talulepingud_et, lk 8
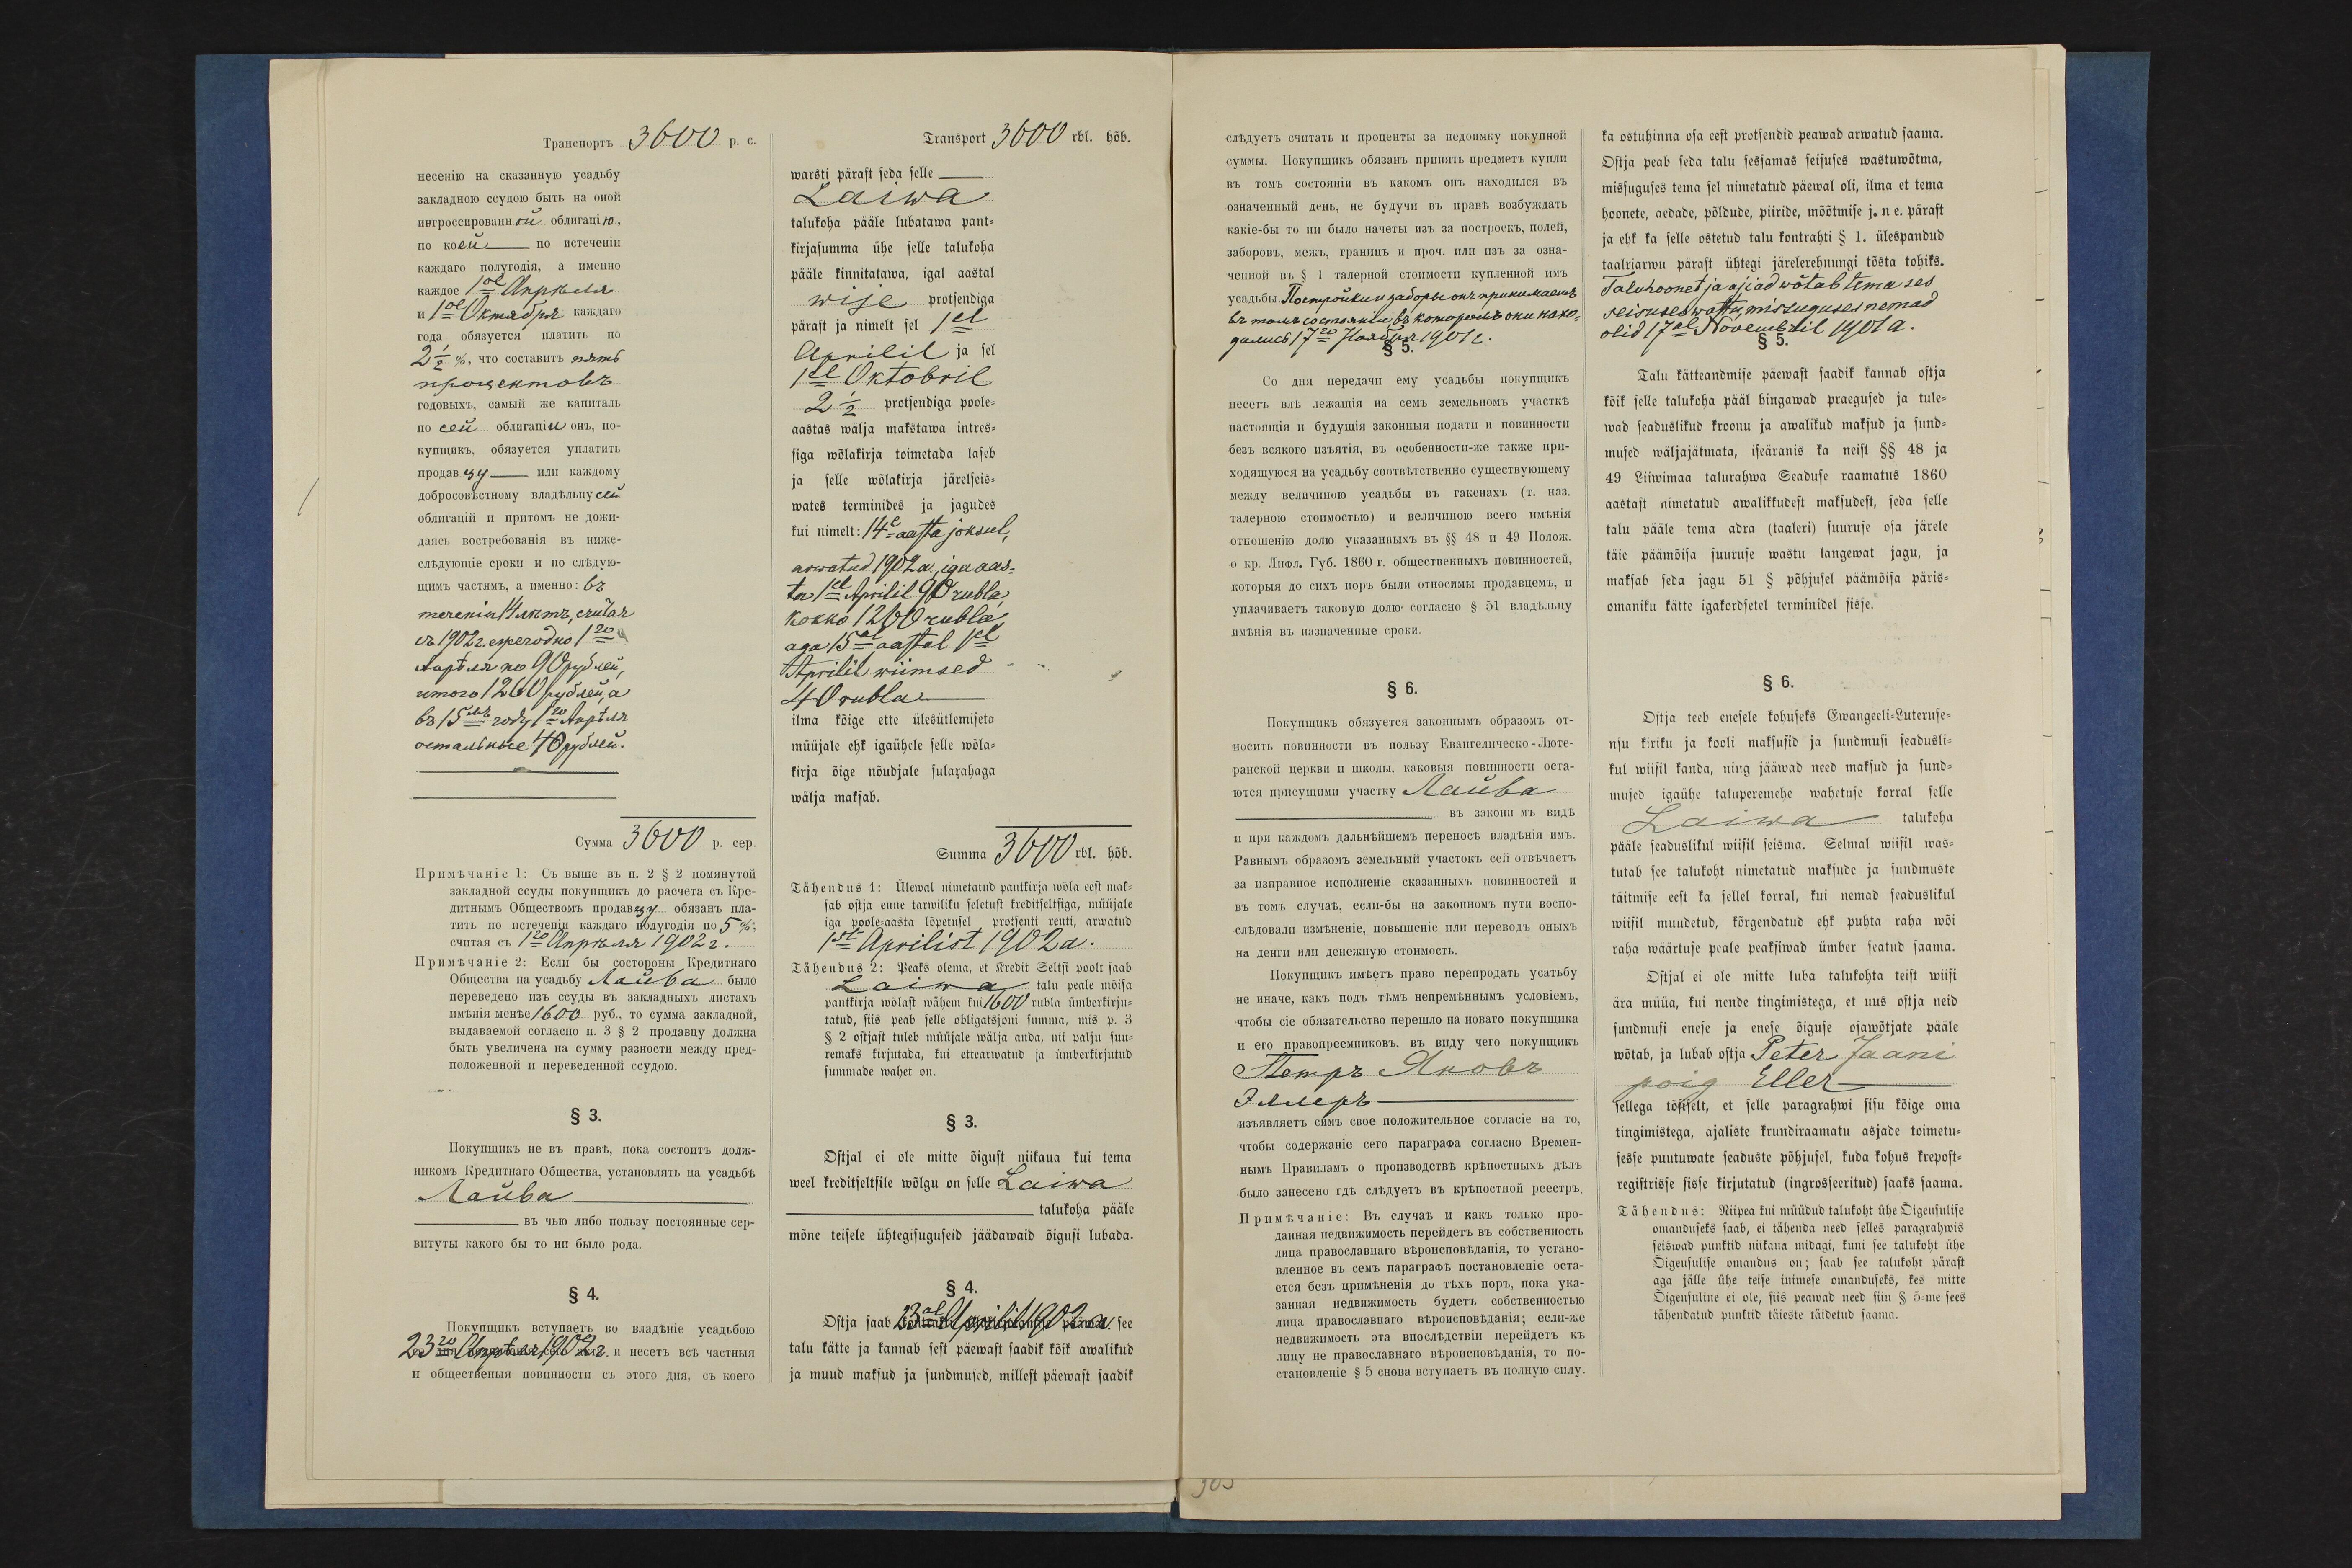
Transport 3600 rbl. hõb.
warsti pärast seda selle
Laiwa
talukoha pääle lubatawa pant-
kirjasumma ühe selle talukoha
pääle kinnitawad, igal aastal
wije protsendiga
pärast ja nimelt sel 1el
Aprilil ja sel
1el Oktobril
2½ protsendiga poole-
aastas wälja makstawa intres-
siga wõlakirja toimetada laseb
ja selle wõlakirja järelseis-
wates terminides ja jagudes
kui nimelt 14e aasta joksul,
arwata 1902 a., iga aas-
ta 1el Aprilil 90 rubla,
kokko1260 rubla
aga 15al aastal 1el
Aprilil wiimased
40 rubla
ilma kõige ette ülesütlemiseta
müüjale ehk igaühele selle wõla-
kirja õige nõudjale sularahaga
wälja maksab.
Summa 3600 rbl. hõb.
Tähendus 1: Ülewal nimetatud pantkirja wõla eest mak-
sab ostja enne tarwiliku seletust kreditseltsiga, müüjale
iga poole-aasta lõpetusel protsenti renti, arwatud
1st Aprilist 1902a.
Tähendus 2: Peaks olema, et Kredit Seltsi poolt saab
Laiwa talu peale mõisa
pantkirja wõlast wähem kui 1600 rubla ümberkirju-
tatud, siis peab selle obligatsjoni summa, mis p. 3
§ 2 ostjast tuleb müüjale wälja anda, nii palju suu-
remaks kirjutada, kui ettearwatud ja ümberkirjutud
summade wahet on.
§ 3.
Ostjal ei ole mitte õigust niikaua kui tema
weel kreditseltsile wõlgu on selle Laiwa
talukoha pääle
mõne teisele ühtegisuguseid jäädawaid õigusi lubada.
§ 4.
Ostja saab 23al Aprilil 1902 a. see
talu kätte ja kannab sest päewast saadik kõik awalikud
ja muud maksud ja sundmused, millest päewast saadik

ka ostuhinna osa eest protsendid peawad arwatud saama.
Ostja peab seda talu sessamas seisuses wastuwõtma,
missuguses tema sel nimetatud päewal oli, ilma et tema
hoonete, aedade, põldude, piiride, mõõtmise j.n.e pärast
ja ehk ka selle ostetud talu kontrahti § 1. ülespandud
taalriarwu pärast ühtegi järelerehnungi tõsta tohiks.
Taluhoonet ja ajiad wõtab tema ses
seisuses wastu, missuguses nemad
olid 17al Novembril 1901 a.
§ 5.
Talu kätteandmise päewast saadik kannab ostja
kõik selle talukoha pääl hingawad praegused ja tule-
wad seaduslikud kroonu ja awalikud maksud ja sund-
mused wäljajätmata, iseäranis ka neist §§ 48 ja
49 Liiwimaa talurahwa Seaduse raamatus 1860
aastast nimetatud awalikkudest maksudest, seda selle
talu pääle tema adra (taaleri) suuruse osa järele
täie päämõisa suuruse wastu langewat jagu, ja
maksab seda jagu 51 § põhjusel päämõisa päris-
omaniku kätte igakordsetel terminidel sisse.
§ 6.
Ostja teeb enesele kohuseks Ewangeeli-Luteruse-
usu kiriku ja kooli maksusid ja sundmisi seadusli-
kul wiisil kanda, ning jääwad need maksud ja sund-
mused igaühe taluperemehe wahetuse korral selle
Laiwa talukoha
pääle seaduslikul wiisil seisma. Selmal wiisil was-
tutab see talukoht nimetatud maksude ja sundmuste
täitmise eest ka sellel korral, kui nemad seaduslikul
wiisil muudetud, kõrgendatud ehk puhta waha wõi
raha wäärtuse peale peaksiwad ümber seatud saama.
Ostjal ei ole mitte luba talukohta teist wiisi
ära müüa, kui nende tingimistega, et uus ostja neid
sundmusi enese ja enese õiguse osawõtjate pääle
wõtab, ja lubab ostja Peter Jaani
poig Eller
sellega tõsiselt, et selle paragrahwi sisu kõige oma
tingimistega, ajaliste krundiraamatu asjade toimetu-
sesse puutuwate seaduste põhjusel, kuda kohus krepost-
registrisse sisse kirjutatud (ingrosseeritud) saaks saama.
Tähendus: Niipea kui müüdud talukoht ühe Õigeusulise
omanduseks saab, eti tähenda need selles paragrahwis
seiswad punktid niikaua midagi, kuni see taluoht ühe
Õigeusulise omandus on; saab see talukoht pärast
aga jälle ühe teise inimese omanduseks, kes mitte
Õigeusuline ei ole, siis peawad need siin § 5-me sees
tähendatud punktid täieste täidetud saama.